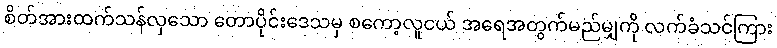
စိတ်အားထက်သန်လှသော တောပိုင်းဒေသမှ စကော့လူငယ် အရေအတွက်မည်မျှကို လက်ခံသင်ကြား